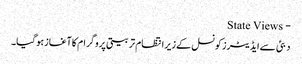
- State Views
دبئی سےایڈیٹرزکونسل کےزیرانتظام تربیتی پروگرام کاآغازہوگیا۔